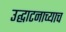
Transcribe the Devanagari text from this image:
उद्घाटनाच्याच